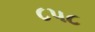
૮૫૮